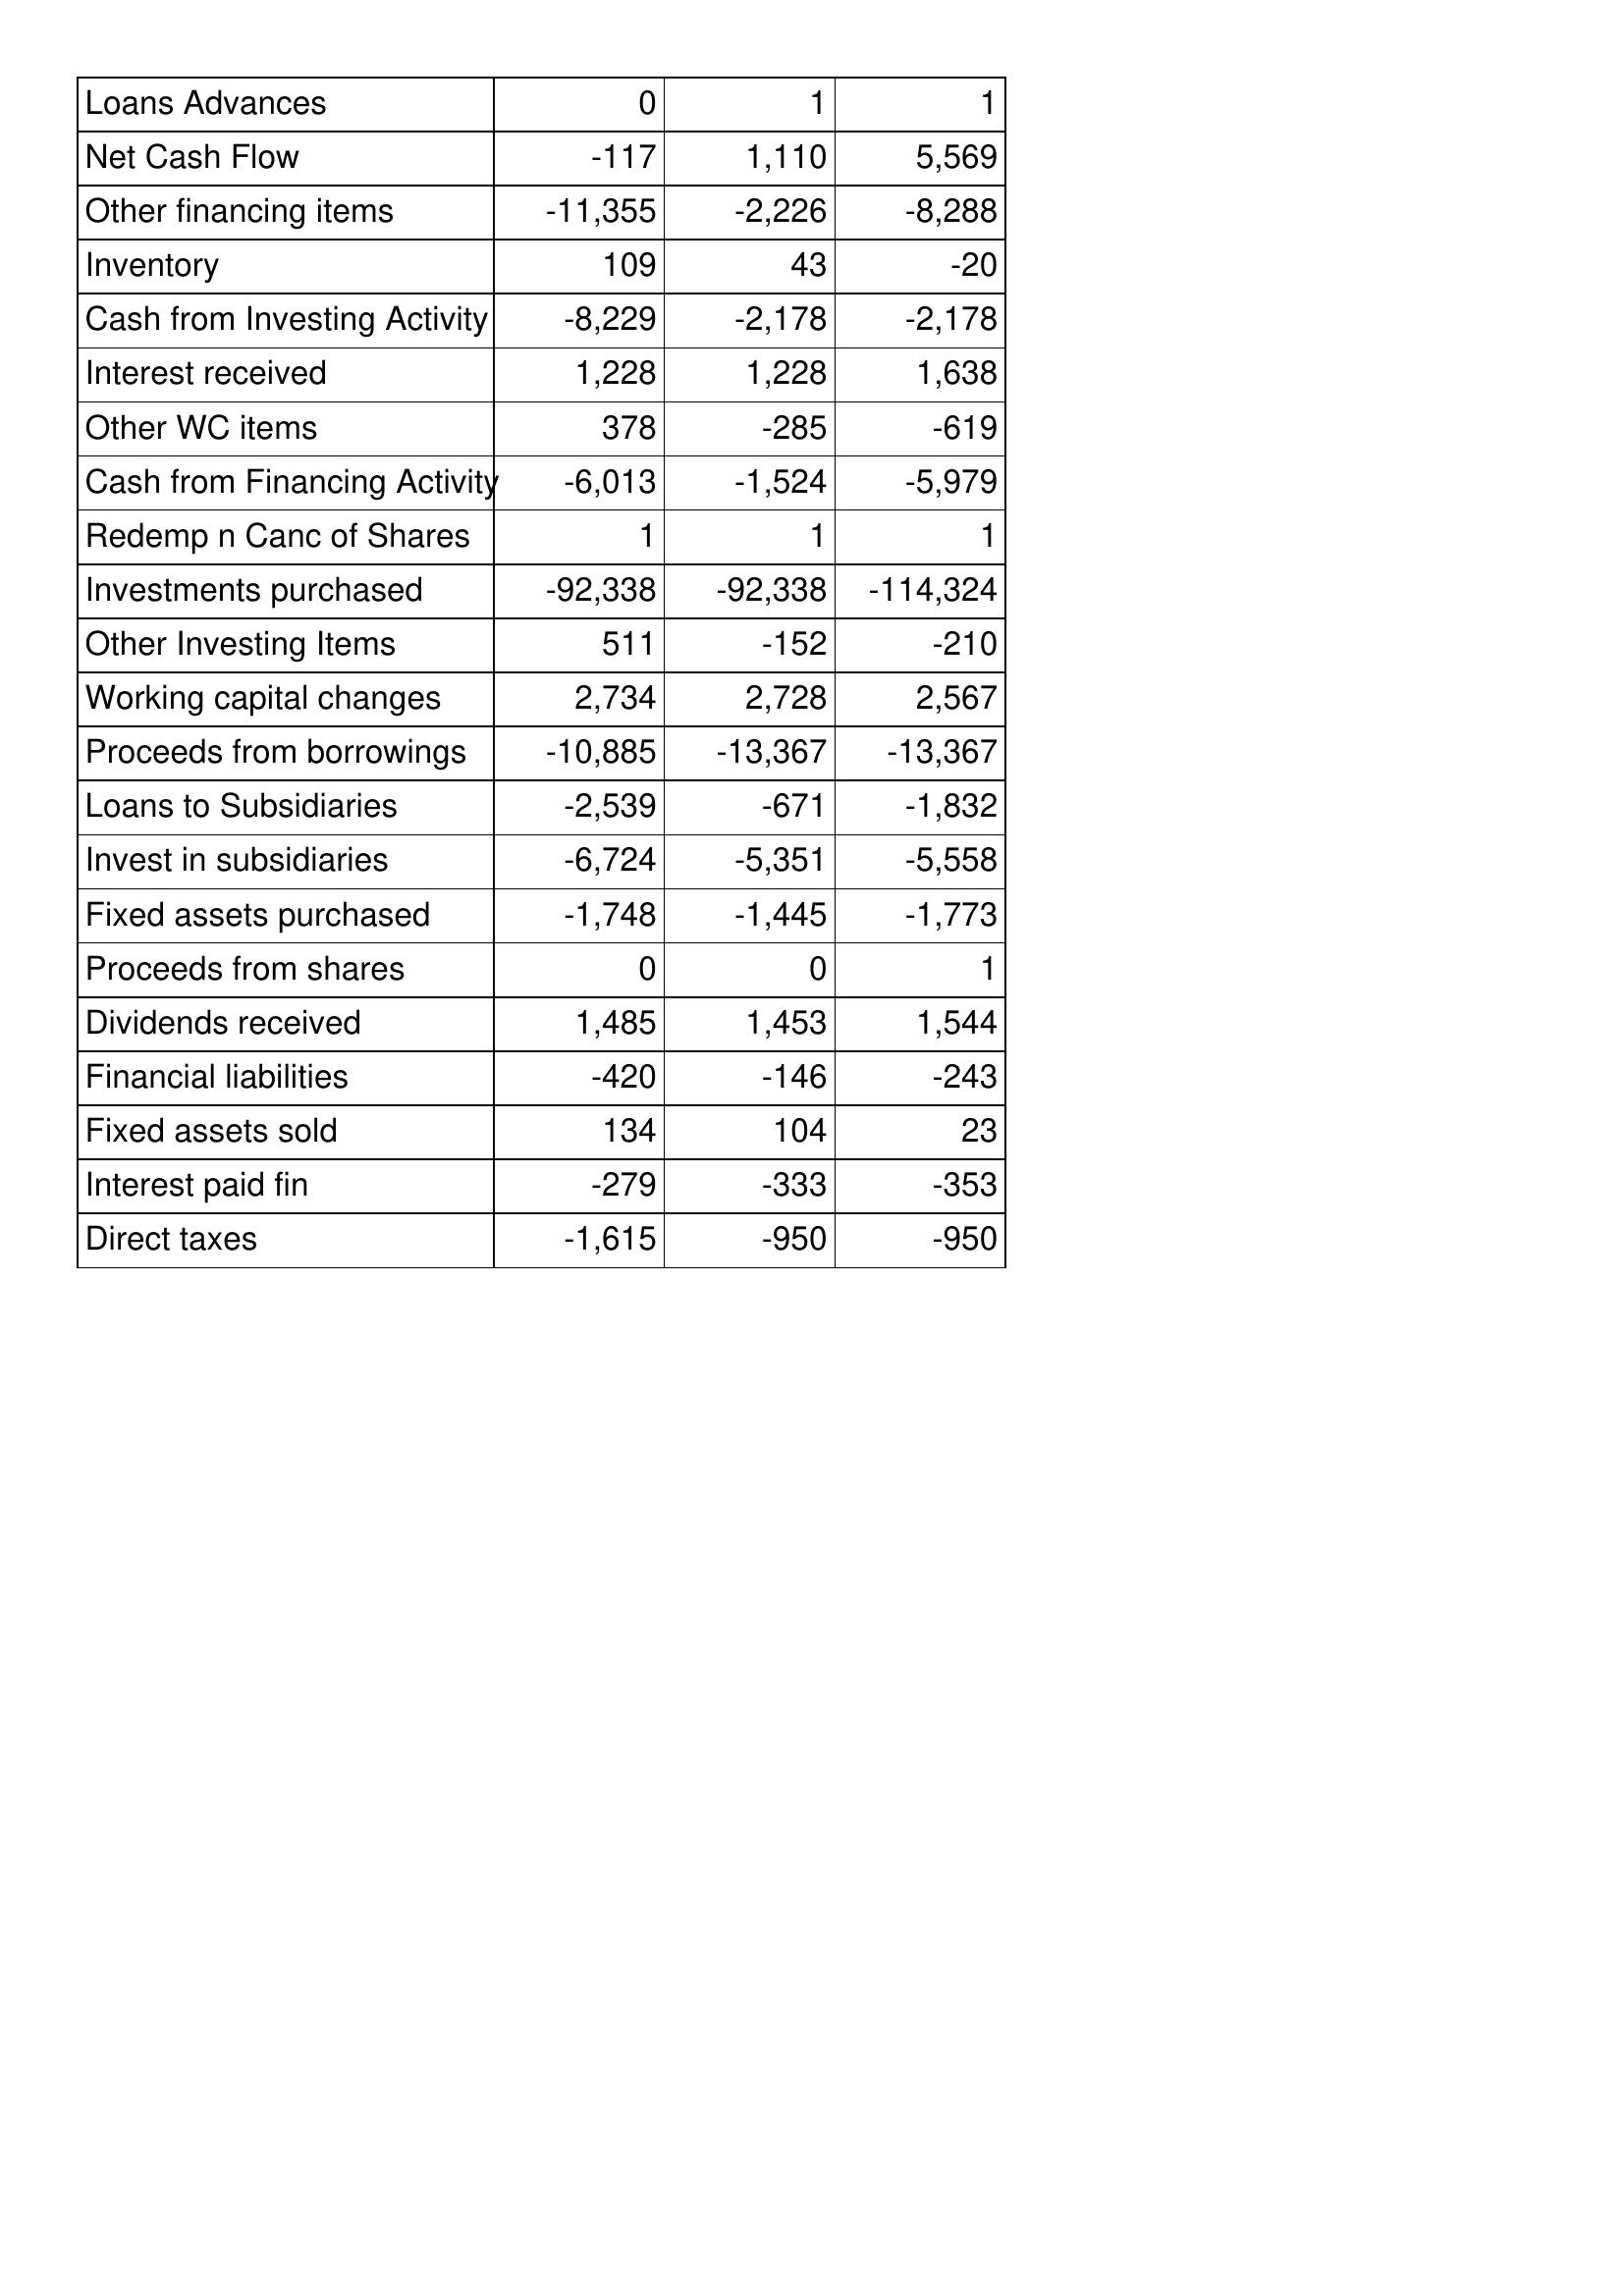
Mar-10: Cash Flows: Loans Advances: 0
Net Cash Flow: -117
Other financing items: -11,355
Inventory: 109
Cash from Investing Activity: -8,229
Interest received: 1,228
Other WC items: 378
Cash from Financing Activity: -6,013
Redemp n Canc of Shares: 1
Investments purchased: -92,338
Other Investing Items: 511
Working capital changes: 2,734
Proceeds from borrowings: -10,885
Loans to Subsidiaries: -2,539
Invest in subsidiaries: -6,724
Fixed assets purchased: -1,748
Proceeds from shares: 0
Dividends received: 1,485
Financial liabilities: -420
Fixed assets sold: 134
Interest paid fin: -279
Direct taxes: -1,615
Mar-09: Cash Flows: Loans Advances: 1
Net Cash Flow: 1,110
Other financing items: -2,226
Inventory: 43
Cash from Investing Activity: -2,178
Interest received: 1,228
Other WC items: -285
Cash from Financing Activity: -1,524
Redemp n Canc of Shares: 1
Investments purchased: -92,338
Other Investing Items: -152
Working capital changes: 2,728
Proceeds from borrowings: -13,367
Loans to Subsidiaries: -671
Invest in subsidiaries: -5,351
Fixed assets purchased: -1,445
Proceeds from shares: 0
Dividends received: 1,453
Financial liabilities: -146
Fixed assets sold: 104
Interest paid fin: -333
Direct taxes: -950
Mar-08: Cash Flows: Loans Advances: 1
Net Cash Flow: 5,569
Other financing items: -8,288
Inventory: -20
Cash from Investing Activity: -2,178
Interest received: 1,638
Other WC items: -619
Cash from Financing Activity: -5,979
Redemp n Canc of Shares: 1
Investments purchased: -114,324
Other Investing Items: -210
Working capital changes: 2,567
Proceeds from borrowings: -13,367
Loans to Subsidiaries: -1,832
Invest in subsidiaries: -5,558
Fixed assets purchased: -1,773
Proceeds from shares: 1
Dividends received: 1,544
Financial liabilities: -243
Fixed assets sold: 23
Interest paid fin: -353
Direct taxes: -950